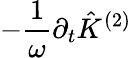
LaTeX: -\frac{1}{\omega}\partial_{t}\hat{K}^{(2)}